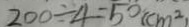
2 0 0 \div 4 = 5 0 ( c m ^ { 2 } )